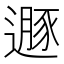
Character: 遯